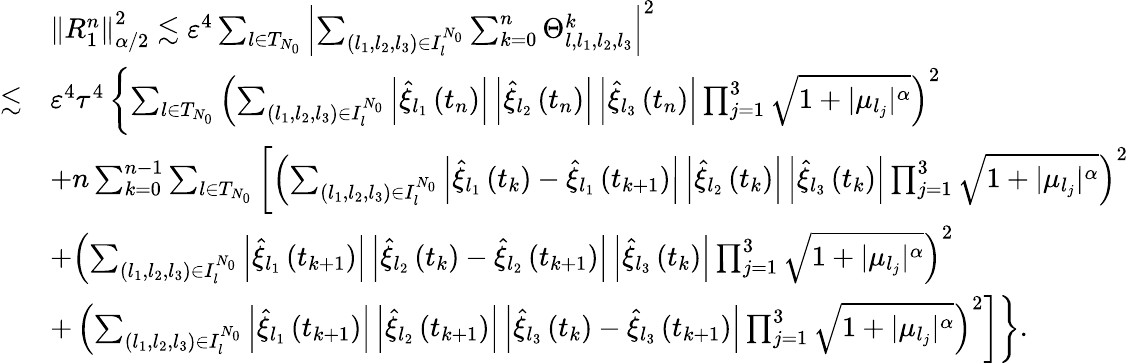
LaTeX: \begin{array}{rl}&{\left\| {R}_{1}^{n}\right\| _{\alpha/2}^{2}\lesssim\varepsilon^{4}\sum_{l\in{T}_{N_{0}}}\left|\sum_{\left(l_{1},l_{2},l_{3}\right)\in{I}_{l}^{N_{0}}}\sum_{k=0}^{n}\Theta_{l,l_{1},l_{2},l_{3}}^{k}\right|^{2}}\\ {\lesssim}&{\varepsilon^{4}\tau^{4}\left\{ \sum_{l\in{T}_{N_{0}}}\left(\sum_{\left(l_{1},l_{2},l_{3}\right)\in{I}_{l}^{N_{0}}}\left|\widehat{\xi}_{l_{1}}\left(t_{n}\right)\right|\left|\widehat{\xi}_{l_{2}}\left(t_{n}\right)\right|\left|\widehat{\xi}_{l_{3}}\left(t_{n}\right)\right|\prod_{j=1}^{3}\sqrt{1+|\mu_{l_{j}}|^{\alpha}}\right)^{2}\right.}\\ &{+n\sum_{k=0}^{n-1}\sum_{l\in{T}_{N_{0}}}\left[\left(\sum_{\left(l_{1},l_{2},l_{3}\right)\in{I}_{l}^{N_{0}}}\left|\widehat{\xi}_{l_{1}}\left(t_{k}\right)-\widehat{\xi}_{l_{1}}\left(t_{k+1}\right)\right|\left|\widehat{\xi}_{l_{2}}\left(t_{k}\right)\right|\left|\widehat{\xi}_{l_{3}}\left(t_{k}\right)\right|\prod_{j=1}^{3}\sqrt{1+|\mu_{l_{j}}|^{\alpha}}\right)^{2}\right.}\\ &{+\left(\sum_{\left(l_{1},l_{2},l_{3}\right)\in{I}_{l}^{N_{0}}}\left|\widehat{\xi}_{l_{1}}\left(t_{k+1}\right)\right|\left|\widehat{\xi}_{l_{2}}\left(t_{k}\right)-\widehat{\xi}_{l_{2}}\left(t_{k+1}\right)\right|\left|\widehat{\xi}_{l_{3}}\left(t_{k}\right)\right|\prod_{j=1}^{3}\sqrt{1+|\mu_{l_{j}}|^{\alpha}}\right)^{2}}\\ &{+\left.\left.\left(\sum_{\left(l_{1},l_{2},l_{3}\right)\in{I}_{l}^{N_{0}}}\left|\widehat{\xi}_{l_{1}}\left(t_{k+1}\right)\right|\left|\widehat{\xi}_{l_{2}}\left(t_{k+1}\right)\right|\left|\widehat{\xi}_{l_{3}}\left(t_{k}\right)-\widehat{\xi}_{l_{3}}\left(t_{k+1}\right)\right|\prod_{j=1}^{3}\sqrt{1+|\mu_{l_{j}}|^{\alpha}}\right)^{2}\right]\right\} .}\end{array}